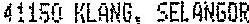
41150 KLANG, SELANGOR